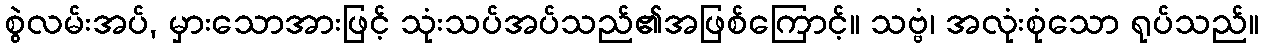
စွဲလမ်းအပ်, မှားသောအားဖြင့် သုံးသပ်အပ်သည်၏အဖြစ်ကြောင့်။ သဗ္ဗံ၊ အလုံးစုံသော ရုပ်သည်။